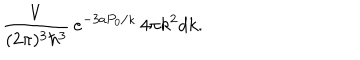
\frac { V } { ( 2 \pi ) ^ { 3 } \hbar ^ { 3 } } \, e ^ { - 3 a P _ { 0 } / \kappa } \, 4 \pi k ^ { 2 } d k .